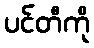
ပင်တီကို